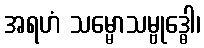
အရဟံ သမ္မောသမ္ဗုဒ္ဓေါ၊